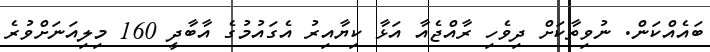
ބައެއްކަން. ނުވިތާކަށް ދިވެހި ރާއްޖެއާ އަޅާ ކިޔާއިރު އެގައުމުގެ އާބާދީ 160 މިލިއަނަށްވުރެ